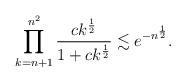
LaTeX: \begin{align*}\prod_{ k=n+1}^{ n^2} \frac{c k^\frac12 }{1+ c k^\frac12 } \lesssim e^{- n^{ \frac12 } }.\end{align*}